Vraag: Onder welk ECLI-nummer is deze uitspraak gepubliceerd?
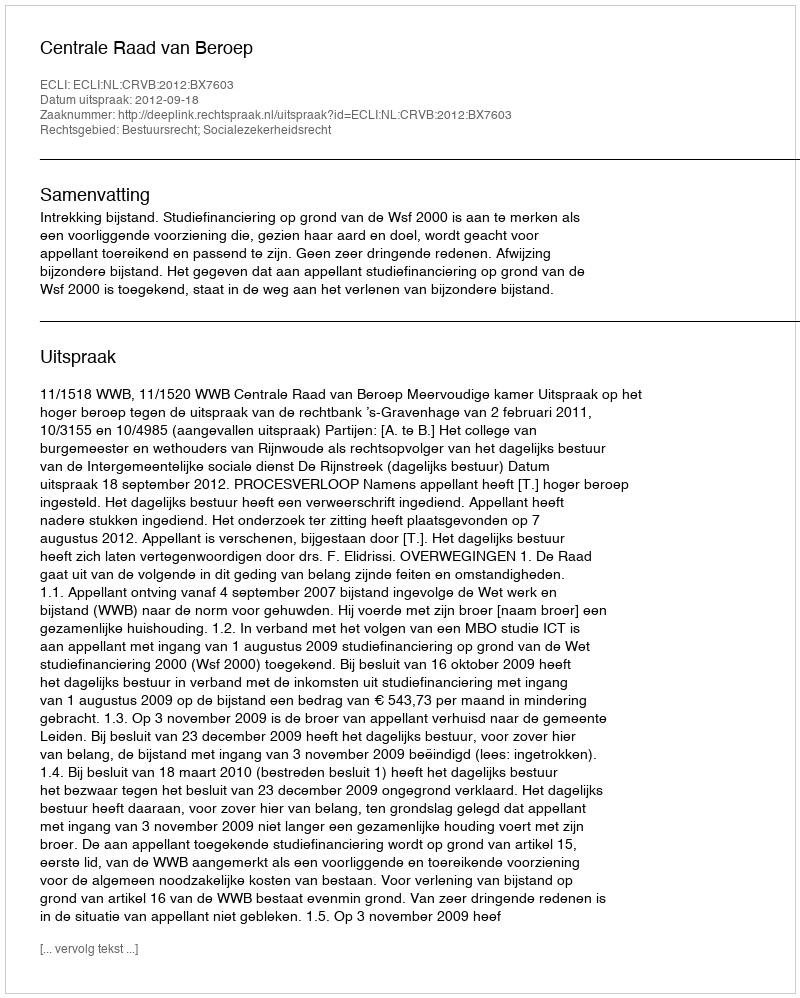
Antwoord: ECLI:NL:CRVB:2012:BX7603